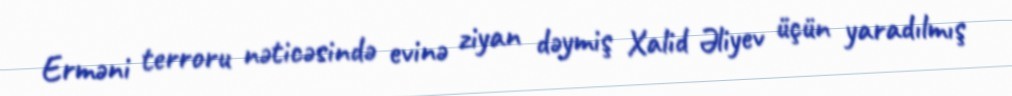
Erməni terroru nəticəsində evinə ziyan dəymiş Xalid Əliyev üçün yaradılmış